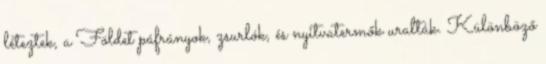
léteztek, a Földet páfrányok, zsurlók, és nyitvatermők uralták. Különböző